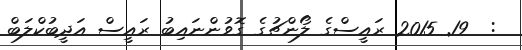
:  19